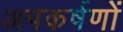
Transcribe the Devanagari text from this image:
अपकर्षणों